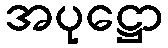
အပုဋ္ဌော